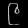
Digit: ၉